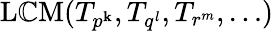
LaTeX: \operatorname{L\mathbb{C}M}(T_{p^{\mathbf{k}}},T_{q^{l}},T_{r^{m}},\ldots)